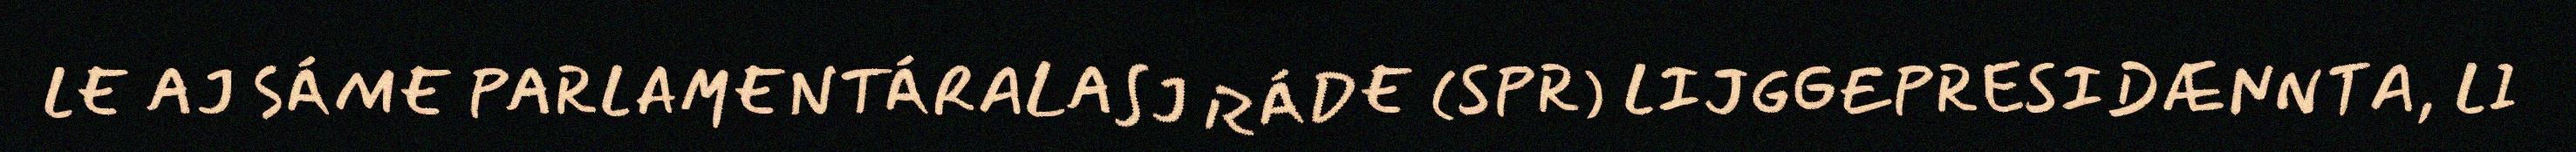
LE AJ SÁME PARLAMENTÁRALASJ RÁDE (SPR) LIJGGEPRESIDÆNNTA, LI